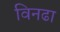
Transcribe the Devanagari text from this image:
विनढा